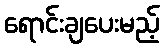
ရောင်းချပေးမည့်